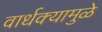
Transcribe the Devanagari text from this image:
वार्धक्यामुळे